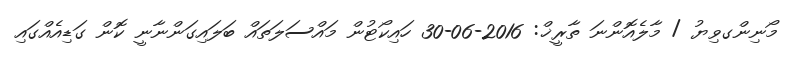
މޯނިންގވިޔު / މާލެއޮންނަ ތާރީޚް: 2016-06-30 ހައިކޯޓުން މައްސަލަތައް ބަލައިގަންނާނީ ކޮން ގަޑިއެއްގައި